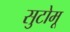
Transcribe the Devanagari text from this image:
सुटोमू